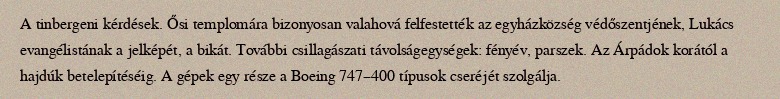
A tinbergeni kérdések. Ősi templomára bizonyosan valahová felfestették az egyházközség védőszentjének, Lukács evangélistának a jelképét, a bikát. További csillagászati távolságegységek: fényév, parszek. Az Árpádok korától a hajdúk betelepítéséig. A gépek egy része a Boeing 747–400 típusok cseréjét szolgálja.